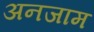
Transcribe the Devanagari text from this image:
अनजाम